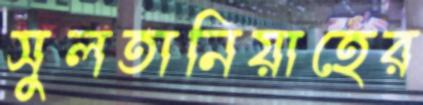
সুলতানিয়াহের